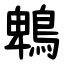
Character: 鵯